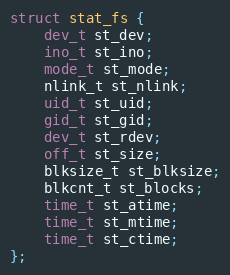
Language: C
struct stat_fs {
    dev_t st_dev;
    ino_t st_ino;
    mode_t st_mode;
    nlink_t st_nlink;
    uid_t st_uid;
    gid_t st_gid;
    dev_t st_rdev;
    off_t st_size;
    blksize_t st_blksize;
    blkcnt_t st_blocks;
    time_t st_atime;
    time_t st_mtime;
    time_t st_ctime;
};